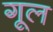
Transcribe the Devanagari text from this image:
गूल